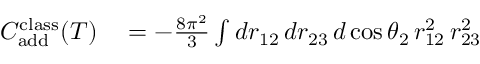
\begin{array} { r l } { C _ { \mathrm { a d d } } ^ { \mathrm { c l a s s } } ( T ) } & { { } = - \frac { 8 \pi ^ { 2 } } { 3 } \int d r _ { 1 2 } \, d r _ { 2 3 } \, d \cos { \theta _ { 2 } } \, r _ { 1 2 } ^ { 2 } \, r _ { 2 3 } ^ { 2 } } \end{array}